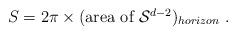
\begin{align*}S = 2\pi \times (\mbox{area of ${\cal S}^{d-2}$})_{horizon} \ .\end{align*}